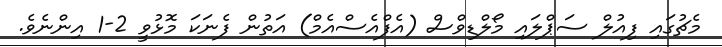
މެޗުގައި ފިއުލް ސަޕްލައި މޯލްޑިވްސް (އެފްއެސްއެމް) އަތުން ފެނަކަ މޮޅުވީ 2-1 އިންނެވެ.